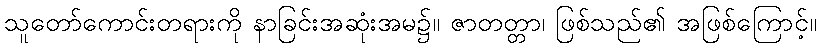
သူတော်ကောင်းတရားကို နာခြင်းအဆုံးအမ၌။ ဇာတတ္တာ၊ ဖြစ်သည်၏ အဖြစ်ကြောင့်။